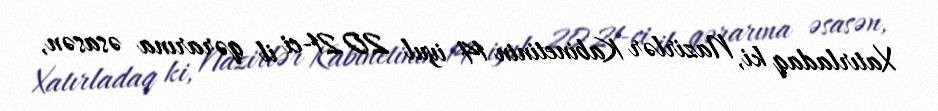
Xatırladaq ki, Nazirlər Kabinetinin 14 iyul 2021-ci il qərarına əsasən,